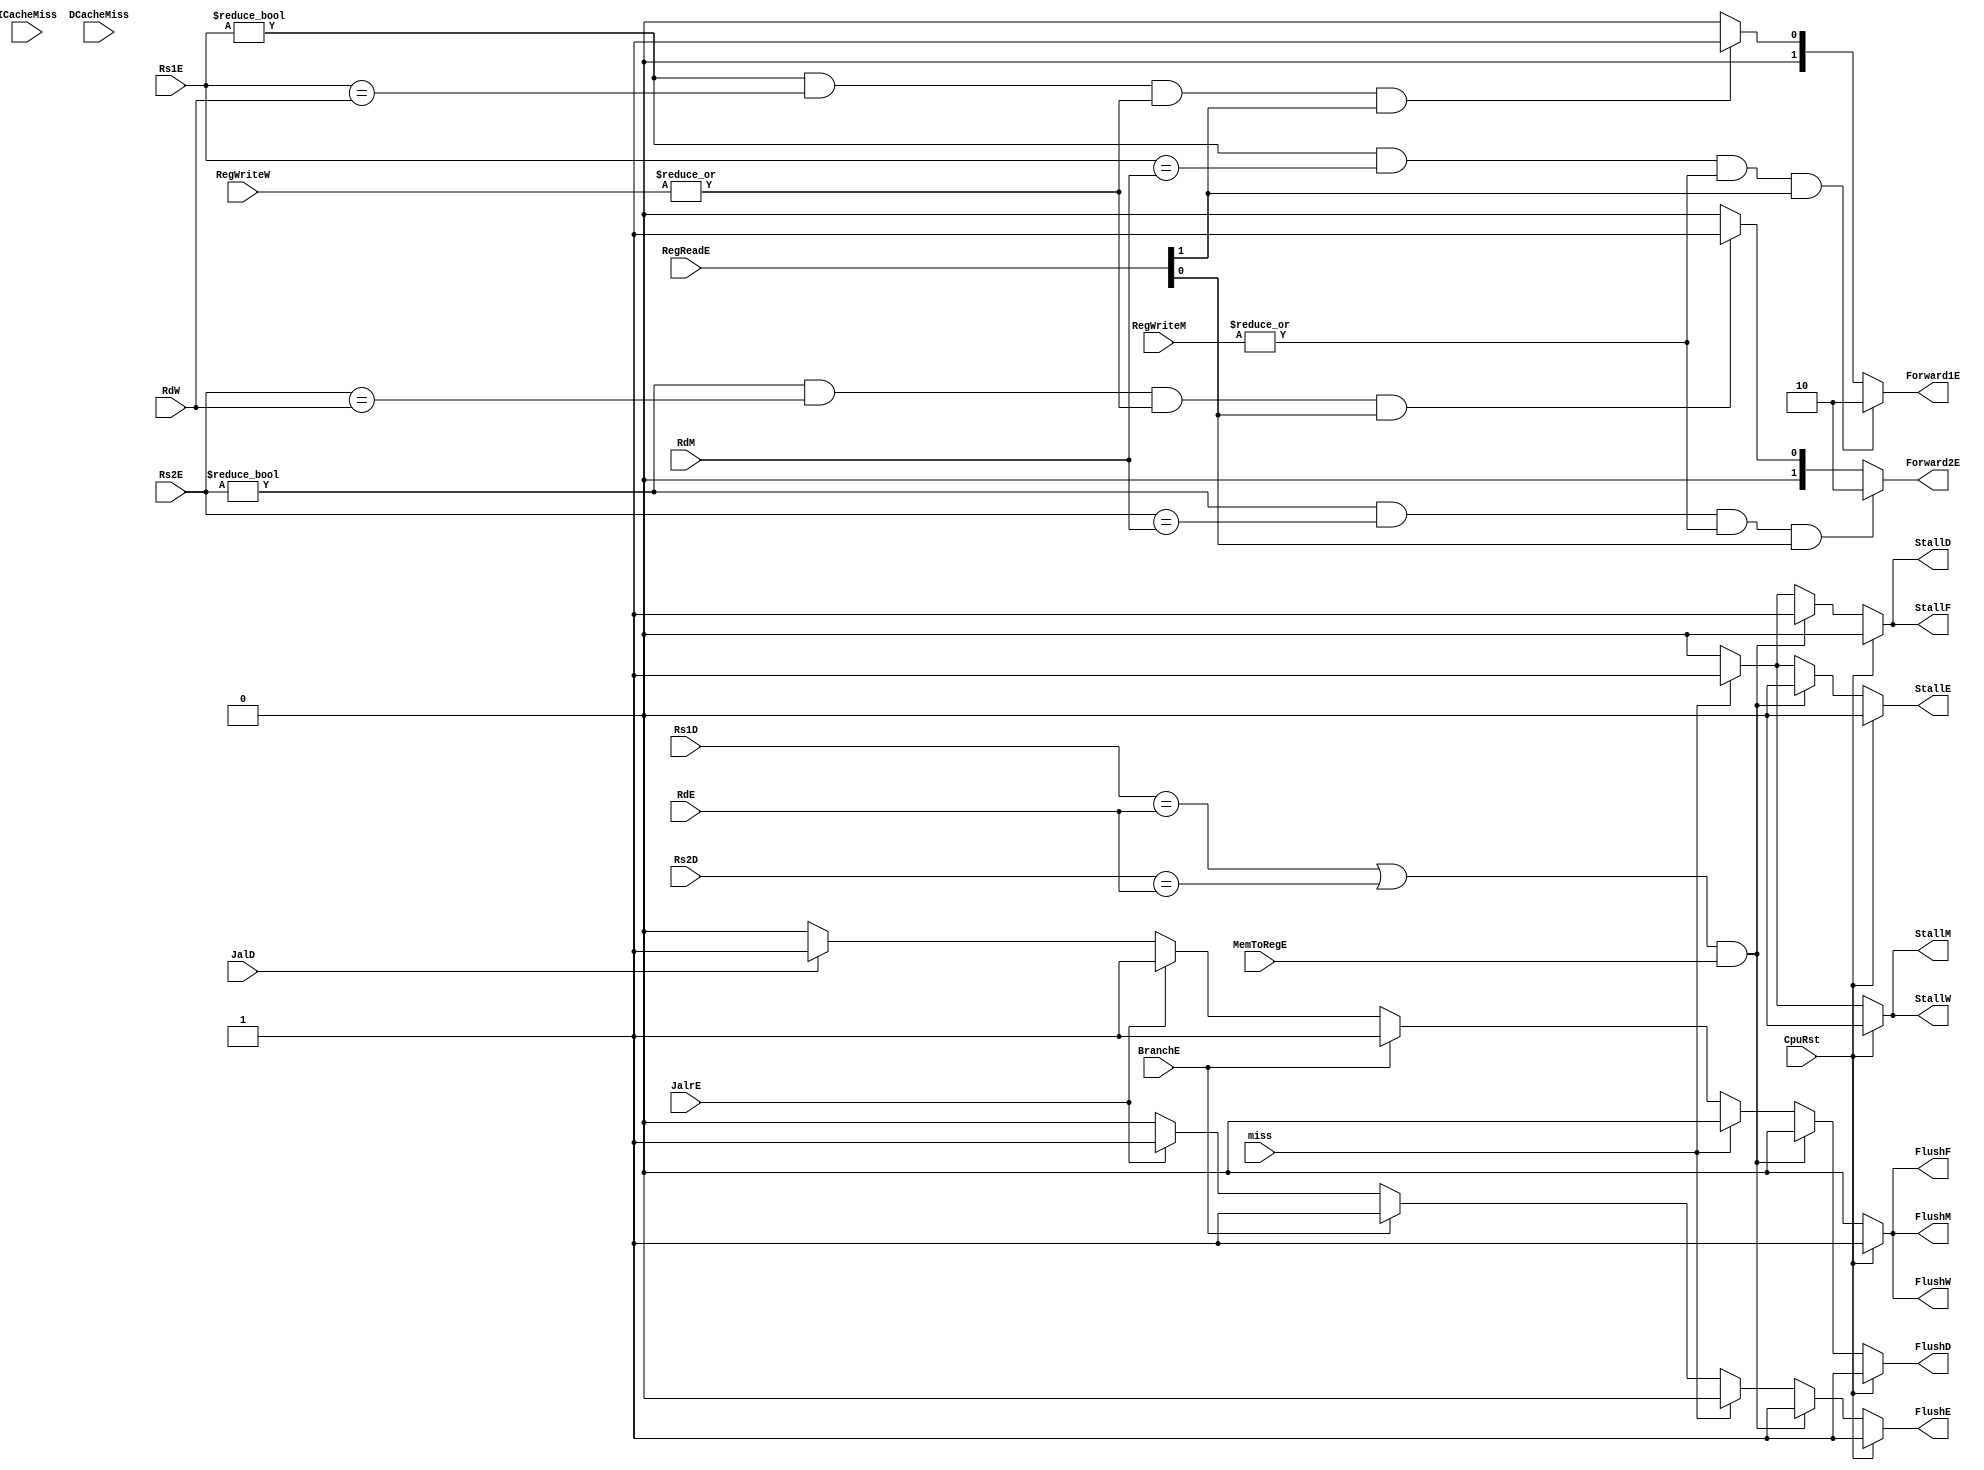
`timescale 1ns / 1ps
//////////////////////////////////////////////////////////////////////////////////
// Company: USTC ESLAB 
// 
// Design Name: RISCV-Pipline CPU
// Module Name: HarzardUnit
// Target Devices: Nexys4
// Tool Versions: Vivado 2017.4.1
// Description: Deal with harzards in pipline
//////////////////////////////////////////////////////////////////////////////////
//
    //HarzardUnitforward?
    //??CPUforwardstallflush 
//
    //CpuRst                                    CPUCpuRst==1CPUflushCpu_Rst==0cpu??
    //ICacheMiss, DCacheMiss                    cache miss
    //BranchE, JalrE, JalD                      
    //Rs1D, Rs2D, Rs1E, Rs2E, RdE, RdM, RdW     ?1?2
    //RegReadE RegReadD[1]==1                   A1RegReadD[0]==1A2forward?
    //RegWriteM, RegWriteW                      RegWrite!=3'b0?
    //MemToRegE                                 Ex? Data Memory
//
    //StallF, FlushF, StallD, FlushD, StallE, FlushE, StallM, FlushM, StallW, FlushW    stallflush
    //Forward1E, Forward2E                                                              forward
//  
    //  
    
    
module HarzardUnit(
    input wire CpuRst, ICacheMiss, DCacheMiss, 
    input miss,
    input wire BranchE, JalrE, JalD, 
    input wire [4:0] Rs1D, Rs2D, Rs1E, Rs2E, RdE, RdM, RdW,
    input wire [1:0] RegReadE,
    input wire MemToRegE,
    input wire [2:0] RegWriteM, RegWriteW,
    output reg StallF, FlushF, StallD, FlushD, StallE, FlushE, StallM, FlushM, StallW, FlushW,
    output reg [1:0] Forward1E, Forward2E
    );
    
    // ?
    //forward
    always @(*)
    begin
        //gernerate Forward1E
        if(Rs1E != 0 && Rs1E == RdM && (|RegWriteM) != 0 && RegReadE[1] == 1'b1)
        begin
            //mem to ex forward1
            Forward1E = 2'b10;
        end
        else if(Rs1E != 0 && Rs1E == RdW && (|RegWriteW) != 0 && RegReadE[1] == 1'b1)
        begin
            //wb to ex forward1
            Forward1E = 2'b01;
        end
        else
        begin
            Forward1E = 2'b00;
        end
    end
    //gernerate Forward2E
    always @(*)
    begin   
        if(Rs2E != 0 && Rs2E == RdM && (|RegWriteM) != 0 && RegReadE[0] == 1) //dest reg ?0
        begin
            //mem to ex forward2
            Forward2E = 2'b10;
        end
        else if(Rs2E != 0 && Rs2E == RdW && (|RegWriteW) != 0 && RegReadE[0] == 1)
        begin
            //wb to ex forward2
            Forward2E = 2'b01;
        end
        else
        begin
            Forward2E = 2'b00;
        end
    end
    //gernerate Stall load-use
    //gernerate Flush branch(2), Jump(1)
    //gernerate StallF, FlushF, StallD, FlushD, StallE, FlushE
    always @(*)
    begin
        if(CpuRst)
        begin
            FlushF = 1'b1;
            FlushD = 1'b1;
            FlushE = 1'b1;
            StallF = 1'b0;
            StallD = 1'b0;
            StallE = 1'b0;
        end
        
        else
        begin
            
            //gernerate stall load-use,ID
            if((Rs1D == RdE  || Rs2D == RdE) && MemToRegE == 1 )
            begin
                //stall and bubble down
                StallF = 1'b1;
                StallD = 1'b1;
                FlushE = 1'b1;

                FlushF = 1'b0;
                FlushD = 1'b0;
                StallE = 1'b0;
            end
            else if(miss)
            begin
                StallF = 1'b1;
                StallD = 1'b1;
                StallE = 1'b1;
            
                FlushF = 1'b0;
                FlushD = 1'b0;
                FlushE = 1'b0;
            end
            //generate flush succeffully branch ,Jal, Jalr
            else if(BranchE == 1)
            begin
                FlushD = 1'b1;
                FlushE = 1'b1;
                
                FlushF = 1'b0;
                StallF = 1'b0;
                StallD = 1'b0;
                StallE = 1'b0;
            end
            else if(JalrE == 1)
            begin
                FlushD = 1'b1;
                FlushE = 1'b1;
                
                FlushF = 1'b0;
                StallF = 1'b0;
                StallD = 1'b0;
                StallE = 1'b0;
            end
            else if(JalD == 1)
            begin
                FlushD = 1'b1;

                FlushF = 1'b0;
                StallF = 1'b0;
                StallD = 1'b0;
                FlushE = 1'b0;
                StallE = 1'b0;
            end
            else
            begin
                FlushF = 1'b0;
                StallF = 1'b0;
                FlushD = 1'b0;
                StallD = 1'b0;
                FlushE = 1'b0;
                StallE = 1'b0;
            end
        end
    end
    //generate FlushM, StallM
    always @(*)
    begin
        if(CpuRst)
        begin
            FlushM = 1'b1;
            StallM = 1'b0;
        end
        else if(miss)
        begin
            FlushM = 1'b0;
            StallM = 1'b1;
        end
        else
        begin
            FlushM = 1'b0;
            StallM = 1'b0;
        end
    end
    //generate FlushW, StallW
    always @(*)
    begin
        if(CpuRst)
        begin
            FlushW = 1'b1;
            StallW = 1'b0;
        end
        else if(miss)
        begin
            FlushW = 1'b0;
            StallW = 1'b1;
        end
        else
        begin
            FlushW = 1'b0;
            StallW = 1'b0;
        end
    end

endmodule